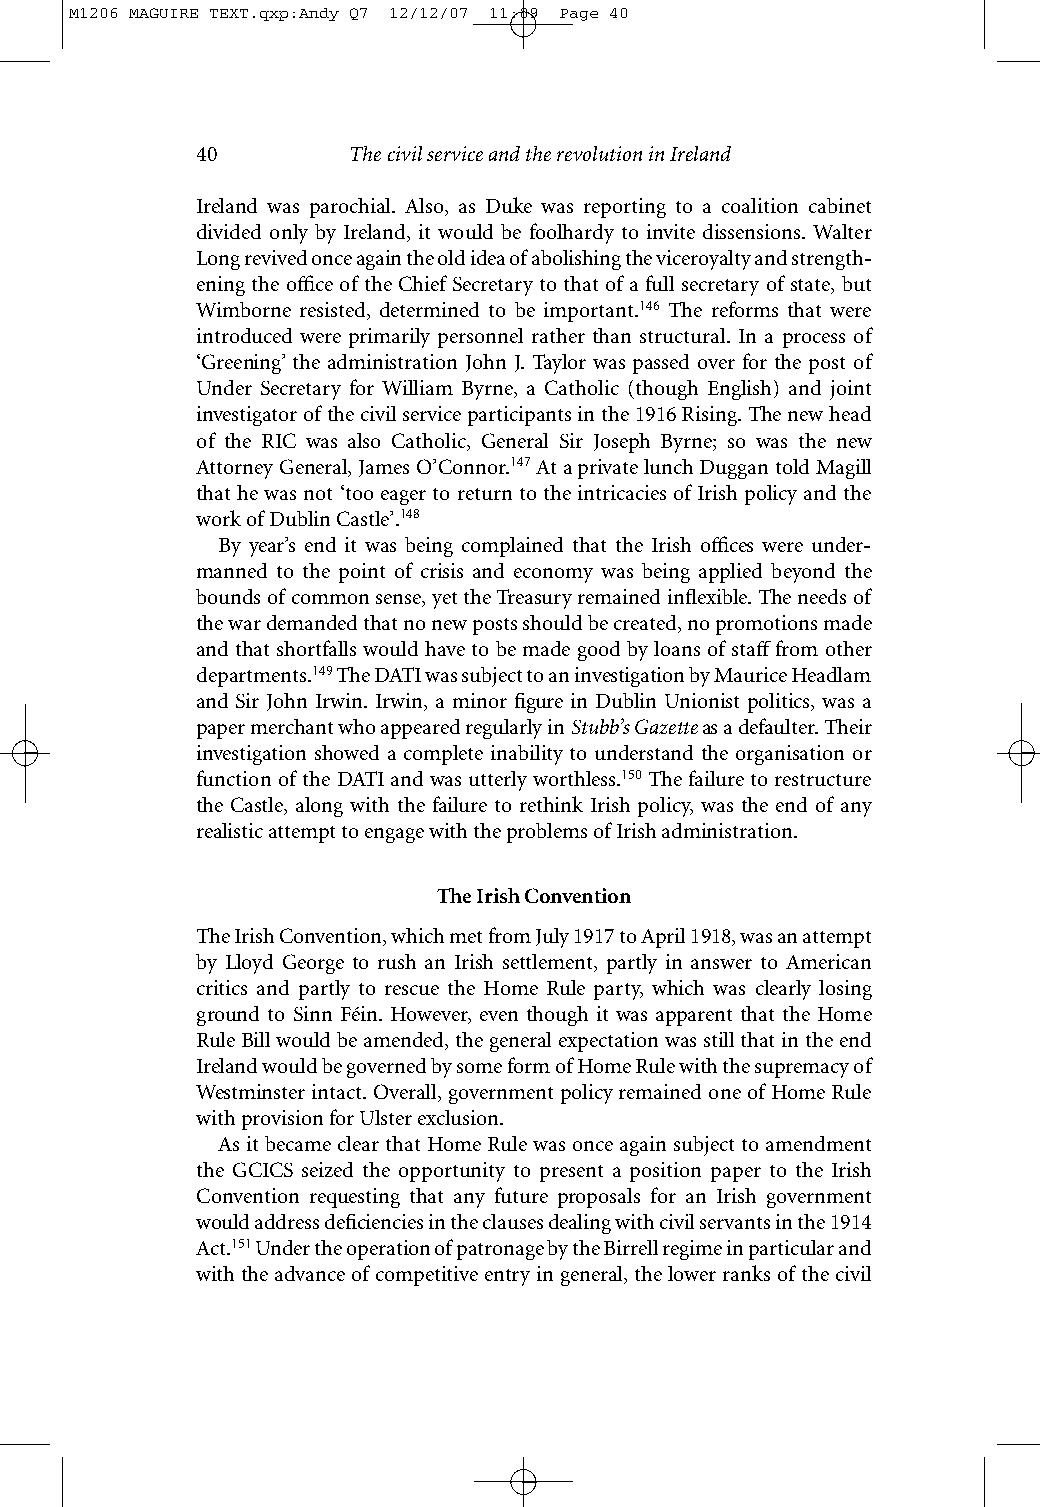
M1206 MAGUIRE TEXT.qxp:Andy Q7 12/12/07 11:09 Page 40
 40        The civil service and the revolution in Ireland
 Ireland was parochial. Also, as Duke was reporting to a coalition cabinet
 divided only by Ireland, it would be foolhardy to invite dissensions. Walter
 Long revived once again the old idea of abolishing the viceroyalty and strength-
 ening the office of the Chief Secretary to that of a full secretary of state, but
 Wimborne resisted, determined to be important.146 The reforms that were
 introduced were primarily personnel rather than structural. In a process of
 ‘Greening’ the administration John J. Taylor was passed over for the post of
 Under Secretary for William Byrne, a Catholic (though English) and joint
 investigator of the civil service participants in the 1916 Rising. The new head
 of the RIC was also Catholic, General Sir Joseph Byrne; so was the new
 Attorney General, James O’Connor.147At a private lunch Duggan told Magill
 that he was not ‘too eager to return to the intricacies of Irish policy and the
 work of Dublin Castle’.148
 By year’s end it was being complained that the Irish offices were under-
 manned to the point of crisis and economy was being applied beyond the
 bounds of common sense, yet the Treasury remained inflexible. The needs of
 the war demanded that no new posts should be created, no promotions made
 and that shortfalls would have to be made good by loans of staff from other
 departments.149The DATI was subject to an investigation by Maurice Headlam
 and Sir John Irwin. Irwin, a minor figure in Dublin Unionist politics, was a
 paper merchant who appeared regularly in Stubb’s Gazetteas a defaulter. Their
 investigation showed a complete inability to understand the organisation or
 function of the DATI and was utterly worthless.150 The failure to restructure
 the Castle, along with the failure to rethink Irish policy, was the end of any
 realistic attempt to engage with the problems of Irish administration.
 The Irish Convention
 The Irish Convention, which met from July 1917 to April 1918, was an attempt
 by Lloyd George to rush an Irish settlement, partly in answer to American
 critics and partly to rescue the Home Rule party, which was clearly losing
 ground to Sinn Féin. However, even though it was apparent that the Home
 Rule Bill would be amended, the general expectation was still that in the end
 Ireland would be governed by some form of Home Rule with the supremacy of
 Westminster intact. Overall, government policy remained one of Home Rule
 with provision for Ulster exclusion.
 As it became clear that Home Rule was once again subject to amendment
 the GCICS seized the opportunity to present a position paper to the Irish
 Convention requesting that any future proposals for an Irish government
 would address deficiencies in the clauses dealing with civil servants in the 1914
 Act.151Under the operation of patronage by the Birrell regime in particular and
 with the advance of competitive entry in general, the lower ranks of the civil